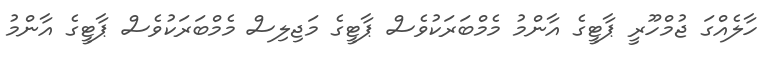
ހާލެއްގަ ޖުމްހޫރީ ޕާޓީގެ އާންމު މެމްބަރަކުވެސް ޕާޓީގެ މަޖިލިސް މެމްބަރަކުވެސް ޕާޓީގެ އާންމު